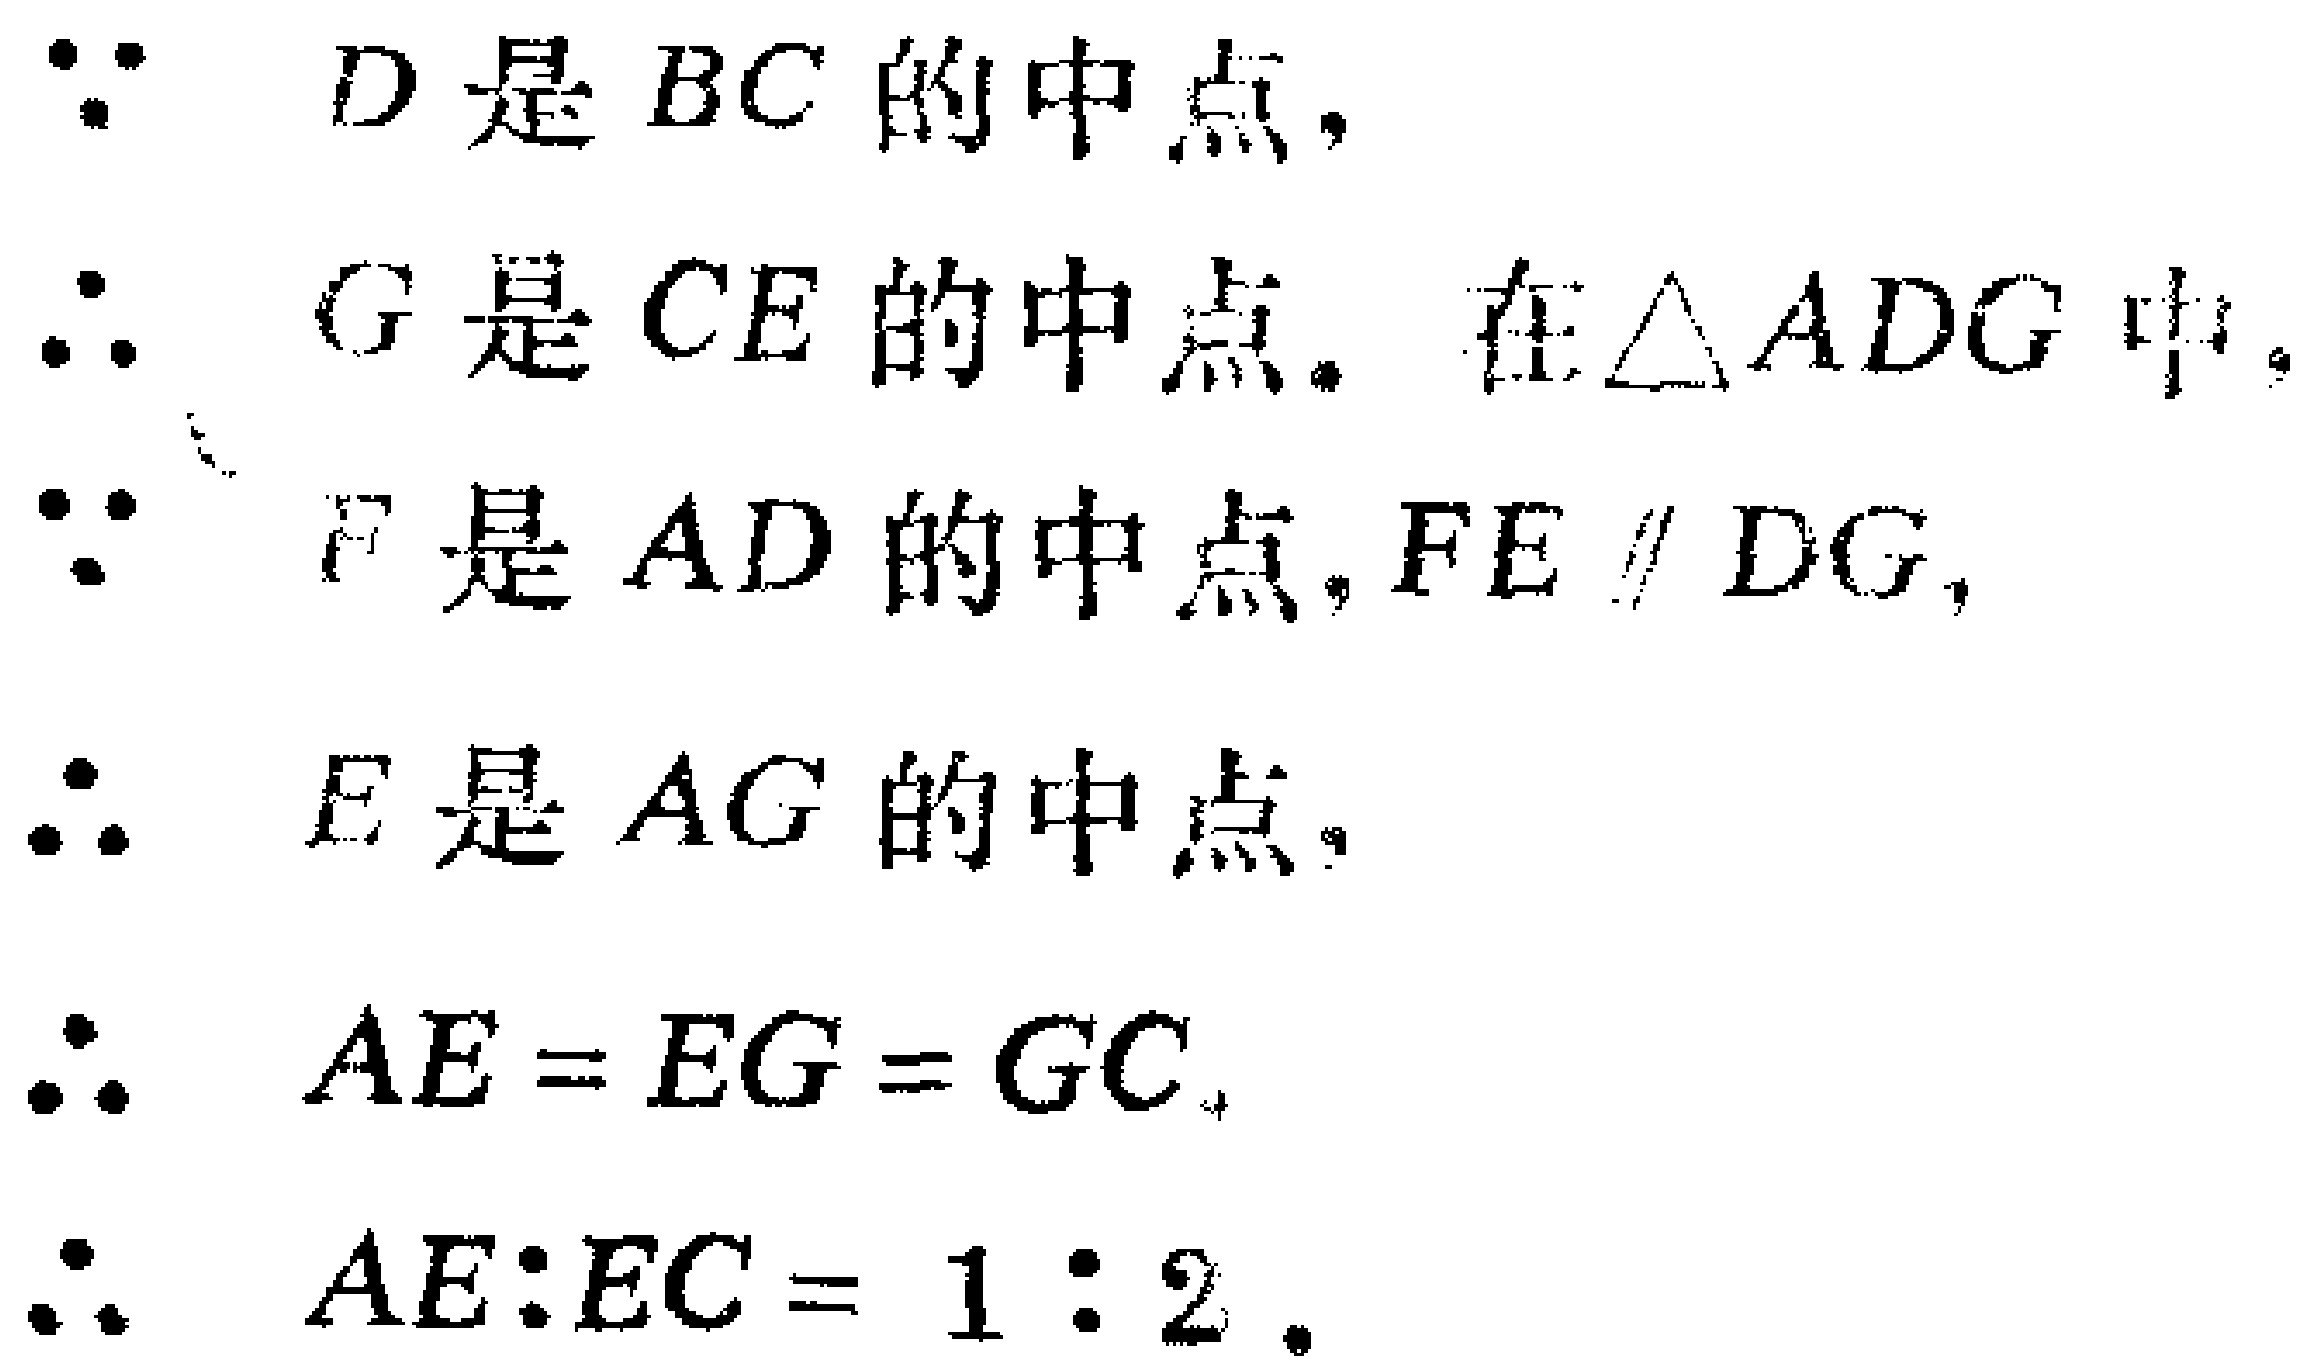
\begin{document}

因为 \(D\) 是 \(BC\) 的中点，\\

所以 \(BD = DC\)。\\

因为 \(G\) 是 \(CE\) 的中点，在\(\triangle ADG\) 中，\\

又因为 \(F\) 是 \(AD\) 的中点，\(FE\parallel DG\)，\\

根据三角形中位线定理的逆定理可知 \(E\) 是 \(AG\) 的中点，\\

所以 \(AE = EG\)，又因为 \(G\) 是 \(CE\) 中点，即 \(EG = GC\)，\\

故 \(AE = EG = GC\)，\\

而 \(EC=EG + GC\)，所以 \(AE:EC = 1:2\)。

\end{document}